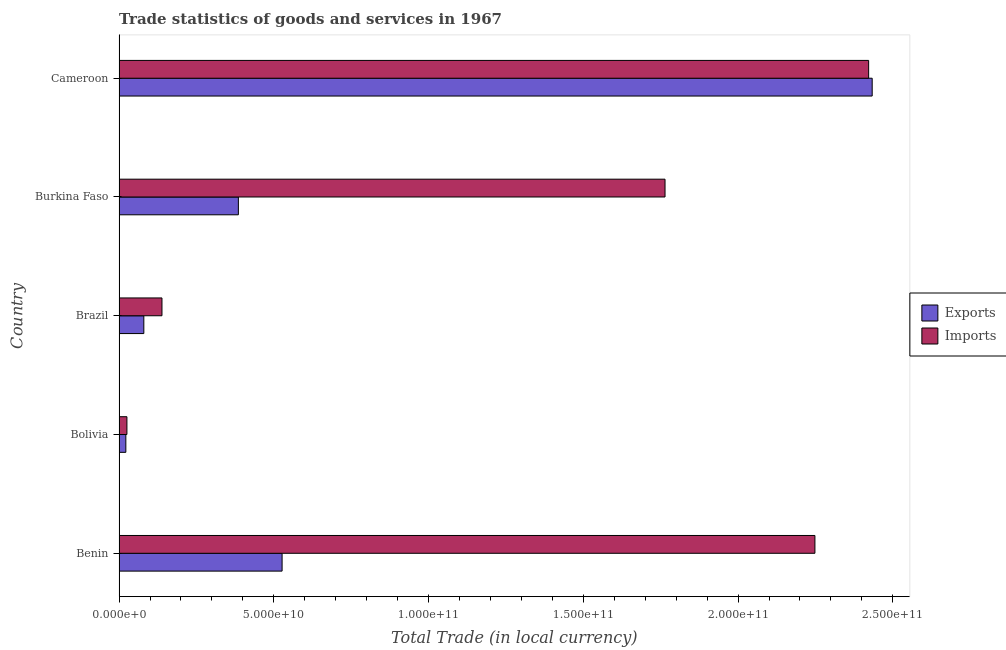
| Country | Exports | Imports |
 | --- | --- | --- |
 | Benin | 5.27e+10 | 2.25e+11 |
 | Bolivia | 2.19e+09 | 2.54e+09 |
 | Brazil | 8.01e+09 | 1.39e+10 |
 | Burkina Faso | 3.86e+10 | 1.76e+11 |
 | Cameroon | 2.43e+11 | 2.42e+11 |